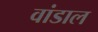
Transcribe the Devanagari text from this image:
वांडाल